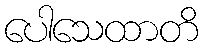
ပေါသေထာတိ